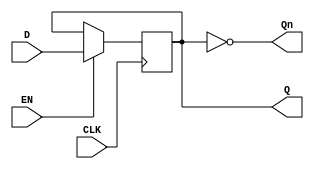
module edge_triggered_gated_latch (
    input wire D,      // Data Input
    input wire CLK,    // Clock Input
    input wire EN,     // Enable Signal
    output reg Q,      // Output
    output wire Qn     // Complement of Output
);

    // Complement of Q
    assign Qn = ~Q;

    // Always block to implement the edge-triggered behavior
    always @(posedge CLK) begin
        if (EN) begin
            Q <= D; // Capture D on the rising edge of CLK when EN is high
        end
        // If EN is low, Q remains unchanged (implicit behavior)
    end

endmodule